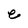
Character: e